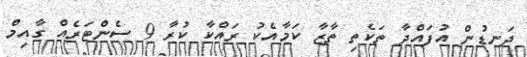
ދަނޑުން އުފައްދާ ތަކެތި ތާޒާ ކަމާއެކު ރައްކާ ކުރާ 9 ސެންޓަރެއް ގާއިމް